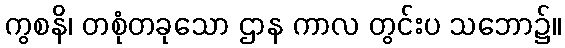
ကွစနိ၊ တစုံတခုသော ဌာန ကာလ တွင်းပ သဘော၌။